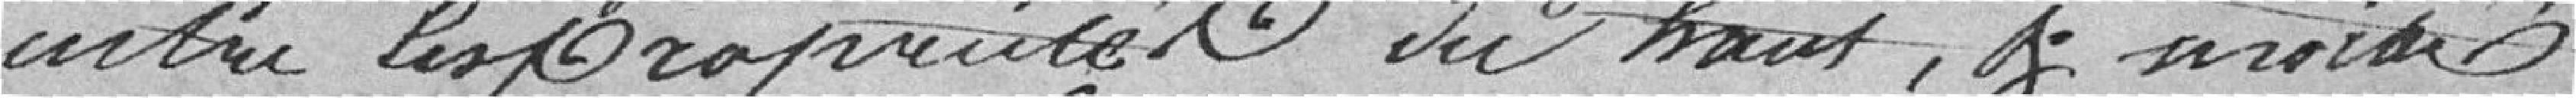
entre les propriétés du haut,